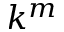
k ^ { m }